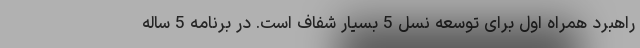
راهبرد همراه اول برای توسعه نسل 5 بسیار شفاف است. در برنامه 5 ساله